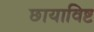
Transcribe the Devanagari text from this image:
छायाविष्ट